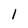
Character: 1